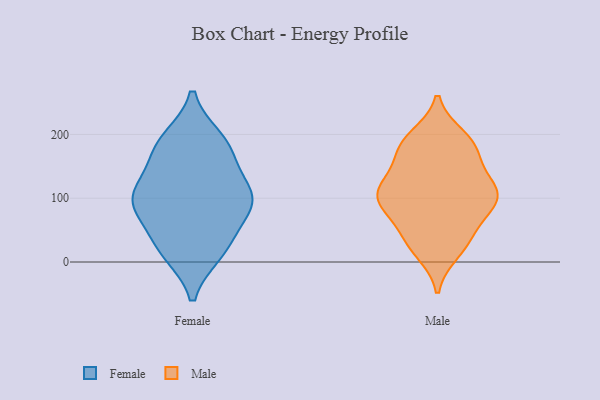
{"axis": {"x": "Revenue (USD Million)", "y": "Value"}, "legend": ["Female", "Male"], "data": [{"x": "", "y": 88, "type": "Female"}, {"x": "", "y": 172, "type": "Female"}, {"x": "", "y": 106, "type": "Female"}, {"x": "", "y": 192, "type": "Female"}, {"x": "", "y": 96, "type": "Female"}, {"x": "", "y": 165, "type": "Female"}, {"x": "", "y": 116, "type": "Female"}, {"x": "", "y": 189, "type": "Female"}, {"x": "", "y": 15, "type": "Female"}, {"x": "", "y": 19, "type": "Female"}, {"x": "", "y": 25, "type": "Female"}, {"x": "", "y": 61, "type": "Female"}, {"x": "", "y": 105, "type": "Female"}, {"x": "", "y": 95, "type": "Female"}, {"x": "", "y": 97, "type": "Male"}, {"x": "", "y": 89, "type": "Male"}, {"x": "", "y": 41, "type": "Male"}, {"x": "", "y": 181, "type": "Male"}, {"x": "", "y": 181, "type": "Male"}, {"x": "", "y": 112, "type": "Male"}, {"x": "", "y": 174, "type": "Male"}, {"x": "", "y": 90, "type": "Male"}, {"x": "", "y": 78, "type": "Male"}, {"x": "", "y": 35, "type": "Male"}, {"x": "", "y": 110, "type": "Male"}, {"x": "", "y": 140, "type": "Male"}, {"x": "", "y": 184, "type": "Male"}, {"x": "", "y": 119, "type": "Male"}, {"x": "", "y": 100, "type": "Male"}, {"x": "", "y": 17, "type": "Male"}, {"x": "", "y": 195, "type": "Male"}, {"x": "", "y": 29, "type": "Male"}, {"x": "", "y": 120, "type": "Male"}]}